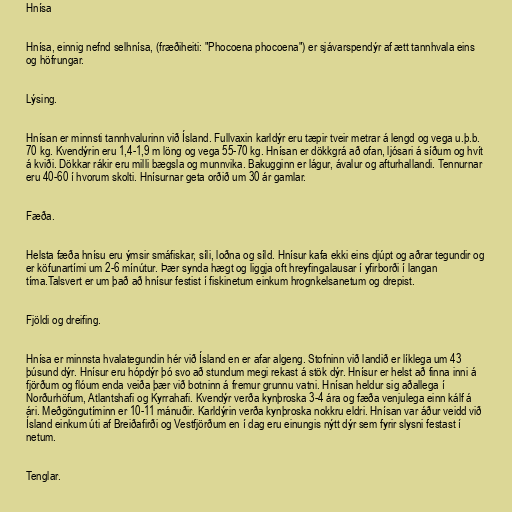
Hnísa

Hnísa, einnig nefnd selhnísa, (fræðiheiti: "Phocoena phocoena") er sjávarspendýr af ætt tannhvala eins
og höfrungar.

Lýsing.

Hnísan er minnsti tannhvalurinn við Ísland. Fullvaxin karldýr eru tæpir tveir metrar á lengd og vega u.þ.b.
70 kg. Kvendýrin eru 1,4-1,9 m löng og vega 55-70 kg. Hnísan er dökkgrá að ofan, ljósari á síðum og hvít
á kviði. Dökkar rákir eru milli bægsla og munnvika. Bakugginn er lágur, ávalur og afturhallandi. Tennurnar
eru 40-60 í hvorum skolti. Hnísurnar geta orðið um 30 ár gamlar.

Fæða.

Helsta fæða hnísu eru ýmsir smáfiskar, síli, loðna og síld. Hnísur kafa ekki eins djúpt og aðrar tegundir og
er köfunartími um 2-6 mínútur. Þær synda hægt og liggja oft hreyfingalausar í yfirborði í langan
tíma.Talsvert er um það að hnísur festist í fiskinetum einkum hrognkelsanetum og drepist.

Fjöldi og dreifing.

Hnísa er minnsta hvalategundin hér við Ísland en er afar algeng. Stofninn við landið er líklega um 43
þúsund dýr. Hnísur eru hópdýr þó svo að stundum megi rekast á stök dýr. Hnísur er helst að finna inni á
fjörðum og flóum enda veiða þær við botninn á fremur grunnu vatni. Hnísan heldur sig aðallega í
Norðurhöfum, Atlantshafi og Kyrrahafi. Kvendýr verða kynþroska 3-4 ára og fæða venjulega einn kálf á
ári. Meðgöngutíminn er 10-11 mánuðir. Karldýrin verða kynþroska nokkru eldri. Hnísan var áður veidd við
Ísland einkum úti af Breiðafirði og Vestfjörðum en í dag eru einungis nýtt dýr sem fyrir slysni festast í
netum.

Tenglar.